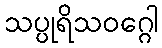
သပ္ပုရိသဝဂ္ဂေါ